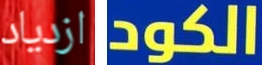
ازدياد الكود